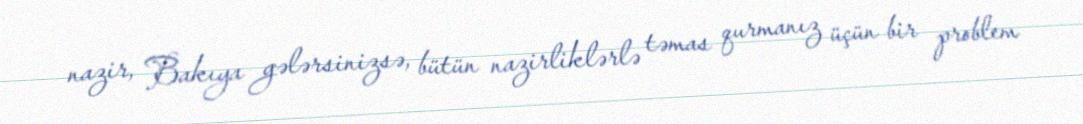
nazir, Bakıya gələrsinizsə, bütün nazirliklərlə təmas qurmanız üçün bir problem